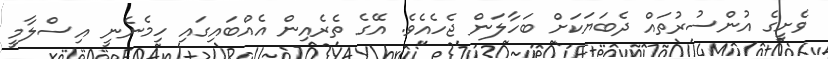
ވެށީގެ އުންސުރުތައް ދެބަޔަކަށް ބަހާލަން ޖެހެއެވެ. އޭގެ ތެރެއިން އެއްބައިގައި ހިމެނެނީ އިސްލާމީ